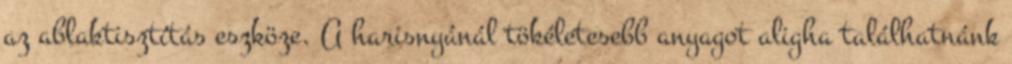
az ablaktisztítás eszköze. A harisnyánál tökéletesebb anyagot aligha találhatnánk